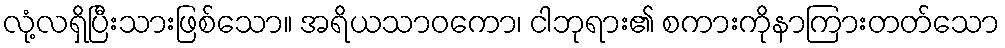
လုံ့လရှိပြီးသားဖြစ်သော။ အရိယသာဝကော၊ ငါဘုရား၏ စကားကိုနာကြားတတ်သော